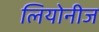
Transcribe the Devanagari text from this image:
लियोनीज